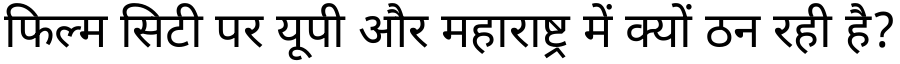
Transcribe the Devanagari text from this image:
फिल्म सिटी पर यूपी और महाराष्ट्र में क्यों ठन रही है?